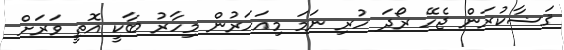
ޤަޟާކުރަން ޖެހޭ ރޯދަ ހުރި ނަމަ މިއަހަރުން މިހާރު ބާކީ އޮތީ ވަރަށް